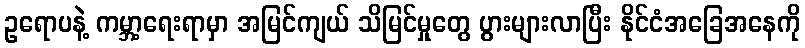
ဥရောပနဲ့ ကမ္ဘာ့ရေးရာမှာ အမြင်ကျယ် သိမြင်မှုတွေ ပွားများလာပြီး နိုင်ငံအခြေအနေကို